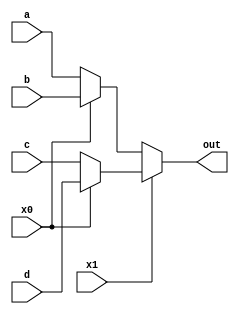
module multiplexer ( a,  b, c, d , x0, x1, out);
input a,b,c,d,x0,x1;
output out;
 assign out = x1 ? (x0 ? d : c) : (x0 ? b : a); 

endmodule
module demultiplexer(in,y0,y1,d0,d1,d2,d3);
input in,y0,y1;
output d0,d1,d2,d3;
assign d0=in&~y1&~y0;
assign d1=in&~y1&y0;
assign d2=in&y1&~y0;
assign d3=in&y1&y0;
endmodule
module data(A,B,s0,s1);
input[3:0] A;
input s0,s1;
output [3:0] B;
wire w1;
multiplexer mu1(A[0],A[1],A[2],A[3],s0,s1,w1);
demultiplexer dmu1(w1,s0,s1,B[0],B[1],B[2],B[3]);
endmodule